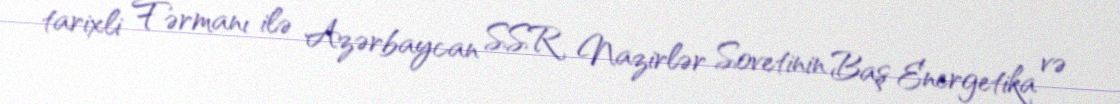
tarixli Fərmanı ilə Azərbaycan SSR Nazirlər Sovetinin Baş Energetika və